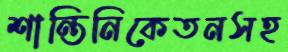
শান্তিনিকেতনসহ